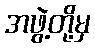
အဖွဲ့တို့မှ